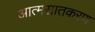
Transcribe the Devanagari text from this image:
आत्मसातकरण